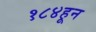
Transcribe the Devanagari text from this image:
१८४हून